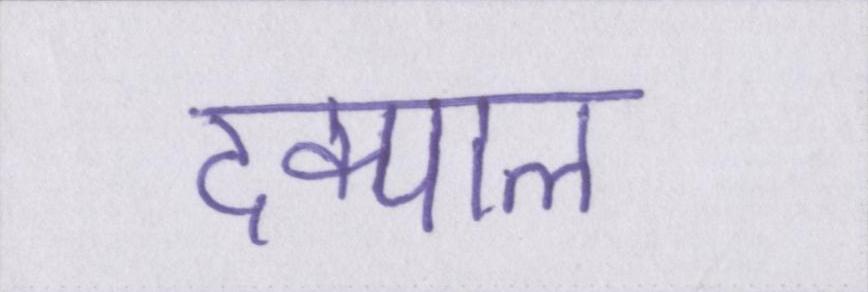
दिक्पाल